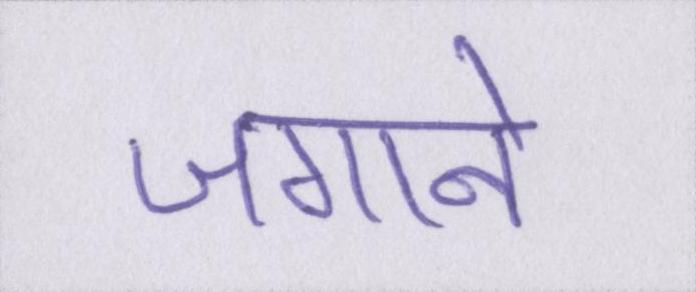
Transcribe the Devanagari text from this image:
जगाने